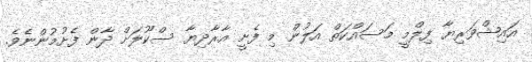
އައިޝްވަރިޔާ ފިލްމީ މަސައްކަތް އަލުން މި ފެށީ އާރާދިޔާ ސްކޫލަށް ދާން ފެށުމުންނެވެ.